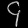
Digit: ၄